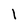
Character: l